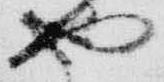
也